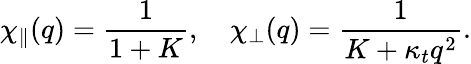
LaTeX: \chi_{\parallel}(q)=\frac{1}{1+K},\quad\chi_{\perp}(q)=\frac{1}{K+\kappa_{t}q^{2}}.